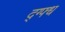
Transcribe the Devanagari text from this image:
द्ग्फ्ध